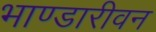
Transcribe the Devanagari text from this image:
भाण्डारीवन